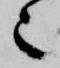
也